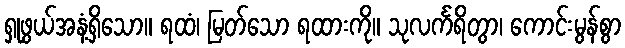
ရှုဖွယ်အနံ့ရှိသော။ ရထံ၊ မြတ်သော ရထားကို။ သုလင်္ကရိတွာ၊ ကောင်းမွန်စွာ